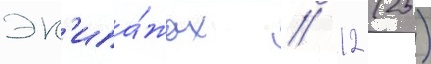
эк'ипа́жах // 12 (25)